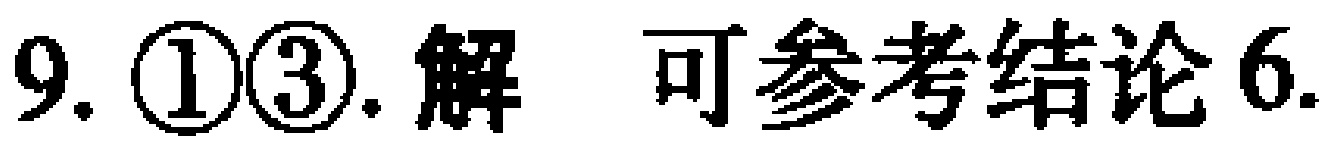
9. \textcircled{1}\textcircled{3}. 解 可参考结论6.